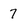
Character: 7